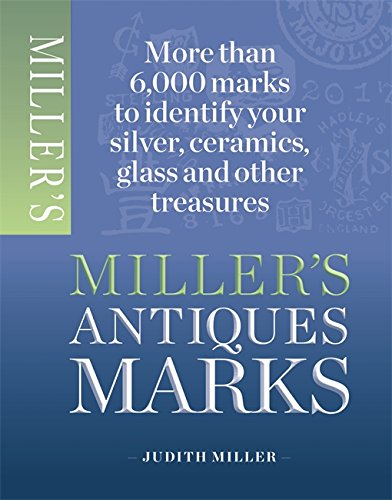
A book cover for Miller's Antique Marks; Judith Miller; Crafts, Hobbies & Home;